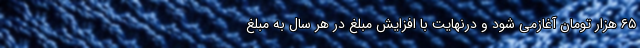
۶۵ هزار تومان آغازمی شود و درنهایت با افزایش مبلغ در هر سال به مبلغ